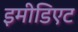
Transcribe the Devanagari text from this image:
इमीडिएट